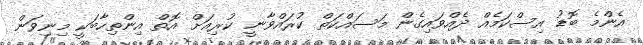
އެންމެ ބޮޑު އިސްކަމެއް ދެއްވައިގެން މަސައްކަތް ކުރައްވާނީ ކުރިއަށް އޮތް އިންތިހާބަކީ މިނިވަން